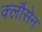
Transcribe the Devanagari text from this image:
क्लौसेन